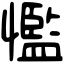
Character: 懢